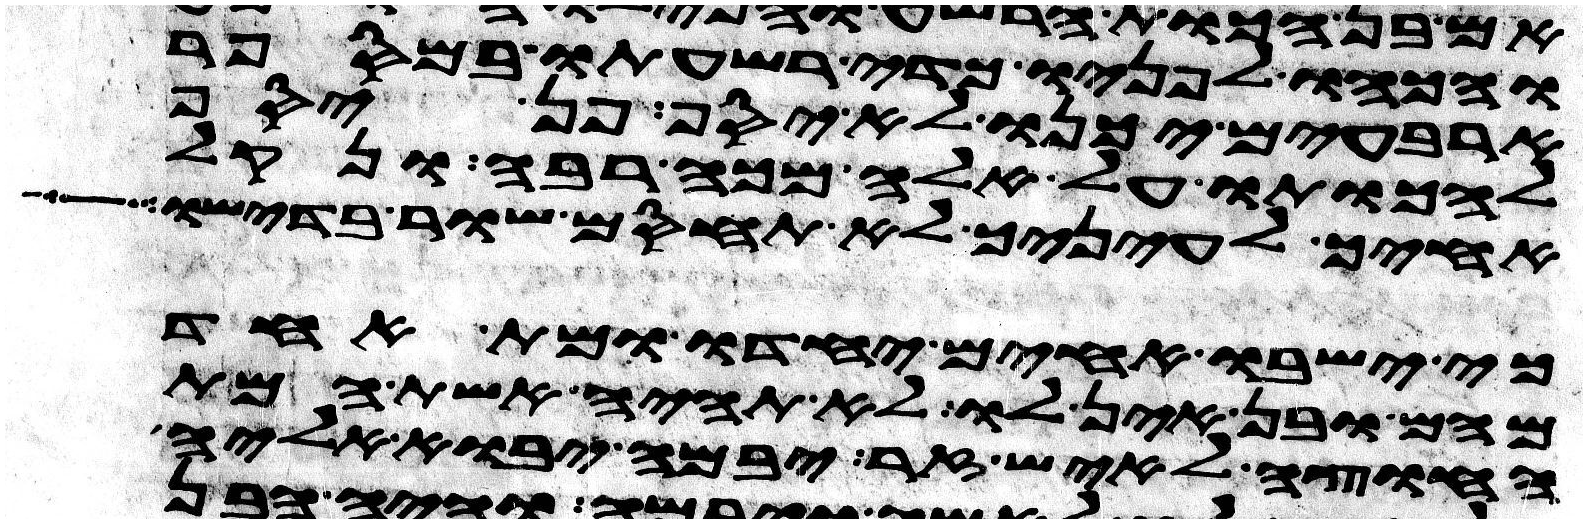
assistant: והכהו לפניו כדי רשעתו במספר
ארבעים יכנו לא יסף פן יסף
להכותו על אלה מכה רבה ונקל
אחיך לעיניך לא תחסם שור בדישו
כי ישבו אחים יחדו ומת אחד
מהם ובן אין לו לא תהיה אשת המת
החוצה לאיש זר יבמה יבוא אליה